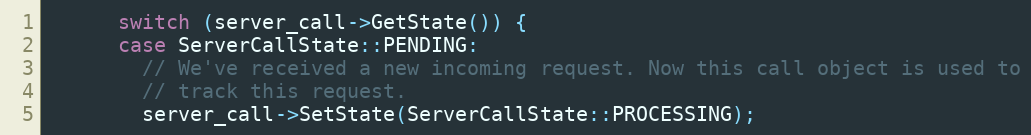
Language: C++
      switch (server_call->GetState()) {
      case ServerCallState::PENDING:
        // We've received a new incoming request. Now this call object is used to
        // track this request.
        server_call->SetState(ServerCallState::PROCESSING);